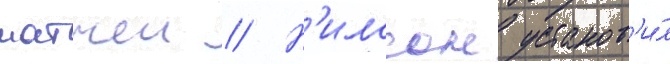
матчеи // Н'илссон установ'и́л